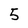
Character: 5